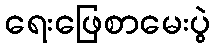
ရေးဖြေစာမေးပွဲ